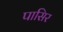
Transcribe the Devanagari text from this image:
पासिर